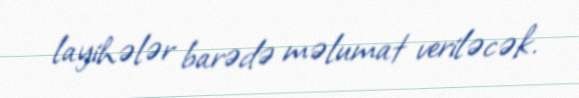
layihələr barədə məlumat veriləcək.